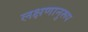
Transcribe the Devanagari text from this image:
लक्षणानुरूप